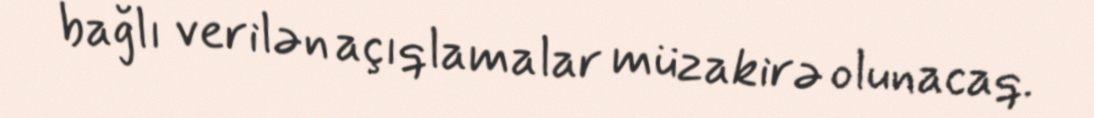
bağlı verilən açıqlamalar müzakirə olunacaq.